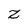
Character: Z